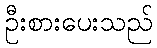
ဦးစားပေးသည်